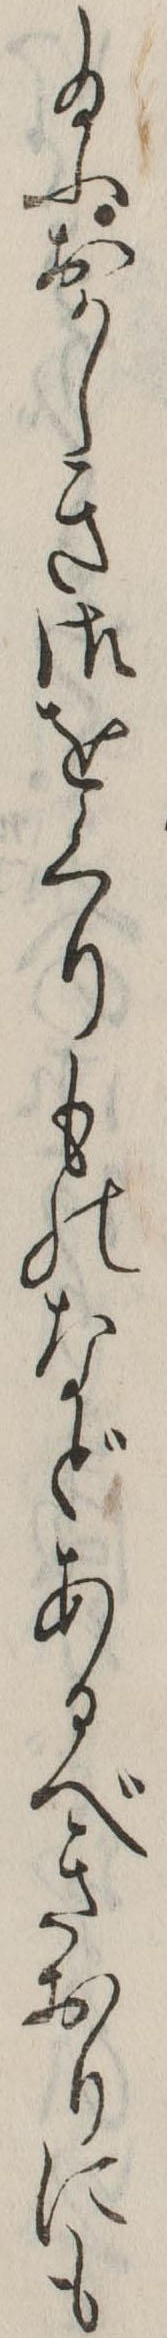
給ふおかしき御をくりものなどあるべきおりにも